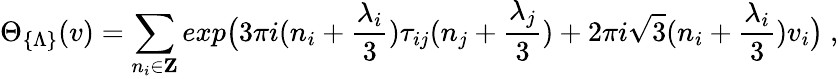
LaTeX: \Theta_{\{ \Lambda\} }(v)=\sum_{n_{i}\in{\mathbf Z}}exp\bigl(3\pi i(n_{i}+\frac{\lambda_{i}}{3})\tau_{ij}(n_{j}+\frac{\lambda_{j}}{3})+2\pi i\sqrt{3}(n_{i}+\frac{\lambda_{i}}{3})v_{i}\bigr)\ ,